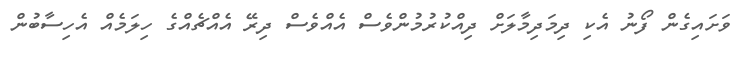
ވަށައިގެން ފޯނު އެކި ދިމަދިމާލަށް ދިއްކުރުމުންވެސް އެއްވެސް ދިރޭ އެއްޗެއްގެ ހިލަމެއް އެހިސާބުން